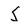
Character: 5